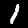
Label: 1